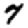
Digit: 7